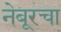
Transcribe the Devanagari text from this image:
नेबूरचा